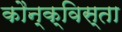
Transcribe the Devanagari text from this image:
कौन्क्विस्ता